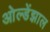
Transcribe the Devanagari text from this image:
ओल्डेंझाल